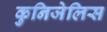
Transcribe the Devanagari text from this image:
कुनिजेलिस